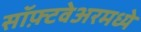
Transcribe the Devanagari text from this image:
सॉफ़्टवेअरमध्ये